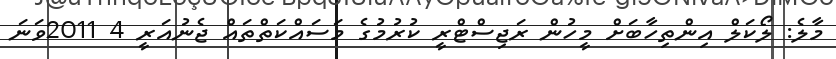
މާލެ: ލޯކަލް އިންތިހާބަށް މީހުން ރަޖިސްޓްރީ ކުރުމުގެ މަސައްކަތްތައް ޖެނުއަރީ 4 2011ވަނަ